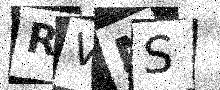
Text: RVMS